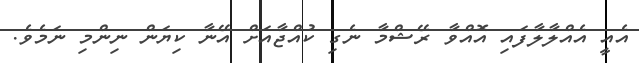
އެއީ އެއްލާލާފައި އޮއްވާ ރޭޝްމާ ނެގި ކުއްޖާއަށް އޭނާ ކިޔަން ނިންމި ނަމެވެ.